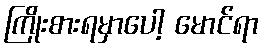
ကြိုးစားရမှာပေါ့ မောင်ရာ